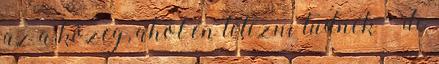
az a közeg, ahol én létezni tudnék – de